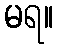
မရ။